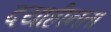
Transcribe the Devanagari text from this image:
दयाहीनता